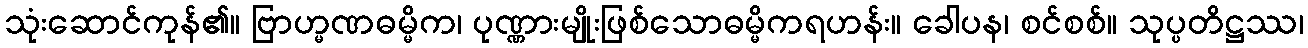
သုံးဆောင်ကုန်၏။ ဗြာဟ္မဏဓမ္မိက၊ ပုဏ္ဏားမျိုးဖြစ်သောဓမ္မိကရဟန်း။ ခေါပန၊ စင်စစ်။ သုပ္ပတိဋ္ဌဿ၊